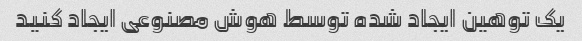
یک توهین ایجاد شده توسط هوش مصنوعی ایجاد کنید